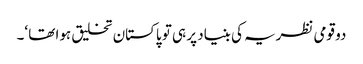
دو قومی نظریہ کی بنیاد پر ہی تو پاکستان تخلیق ہوا تھا ‘۔